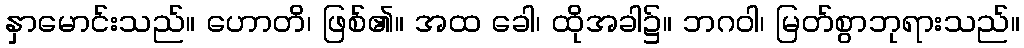
နှာမောင်းသည်။ ဟောတိ၊ ဖြစ်၏။ အထ ခေါ၊ ထိုအခါ၌။ ဘဂဝါ၊ မြတ်စွာဘုရားသည်။